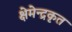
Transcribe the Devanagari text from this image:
क्षेमेन्द्रकृत